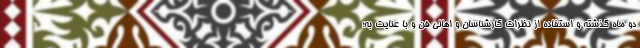
دو ماه گذشته و استفاده از نظرات کارشناسان و اهالی فن و با عنایت به؛